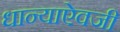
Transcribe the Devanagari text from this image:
धान्याऐवजी